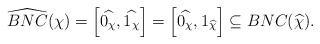
LaTeX: \begin{align*}\widehat{BNC}(\chi) = \left[\widehat{0_\chi}, \widehat{1_\chi}\right] = \left[\widehat{0_\chi}, 1_{\widehat{\chi}}\right] \subseteq BNC(\widehat{\chi}).\end{align*}